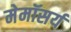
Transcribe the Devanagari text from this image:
मेमॉसर्य